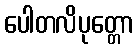
ပေါတလိပုတ္တော